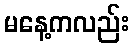
မနေ့ကလည်း